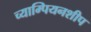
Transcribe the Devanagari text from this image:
च्याम्पियनशीप